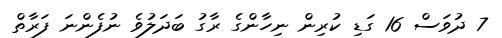
7 ދުވަސް 16 ގަޑި ކުރިން ނިހާންގެ ރާގު ބަދަލުވެ ނުފެންނަ ފަރާތް